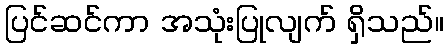
ပြင်ဆင်ကာ အသုံးပြုလျက် ရှိသည်။